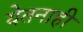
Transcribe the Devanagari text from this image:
येतनाही